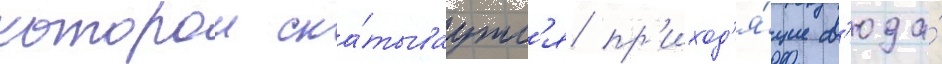
которои ска́тываутс'я пр'иход'я́щие с'юда́